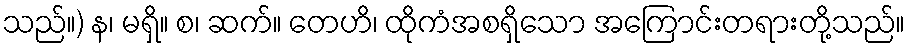
သည်။) န၊ မရှိ။ စ၊ ဆက်။ တေဟိ၊ ထိုကံအစရှိသော အကြောင်းတရားတို့သည်။